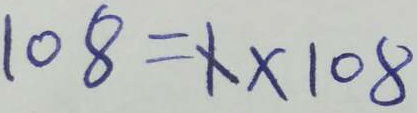
1 0 8 = 1 \times 1 0 8